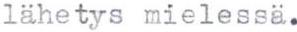
lähetys mielessä.